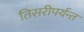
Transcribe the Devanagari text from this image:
तिसरीपर्यन्त